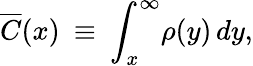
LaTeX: \overline{{C}}(x)\: \equiv\: \int_{x}^{\infty}\! \! \, \rho(y)\, dy,